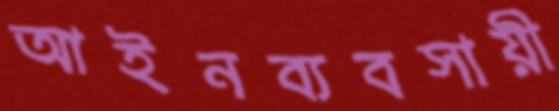
আইনব্যবসায়ী